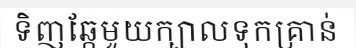
ទិញឆ្កែមួយក្បាលទុកគ្រាន់